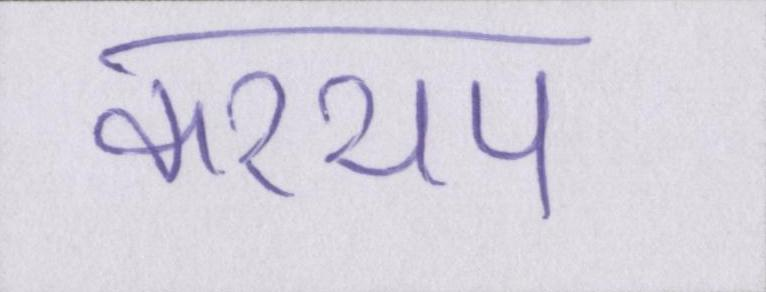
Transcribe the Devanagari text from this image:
कश्यप